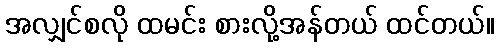
အလျှင်စလို ထမင်း စားလို့အန်တယ် ထင်တယ်။